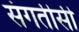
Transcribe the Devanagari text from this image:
संगतीसी